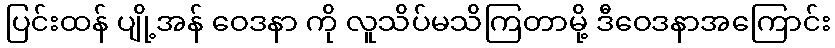
ပြင်းထန် ပျို့အန် ဝေဒနာ ကို လူသိပ်မသိကြတာမို့ ဒီဝေဒနာအကြောင်း